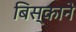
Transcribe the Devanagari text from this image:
बिस्काने